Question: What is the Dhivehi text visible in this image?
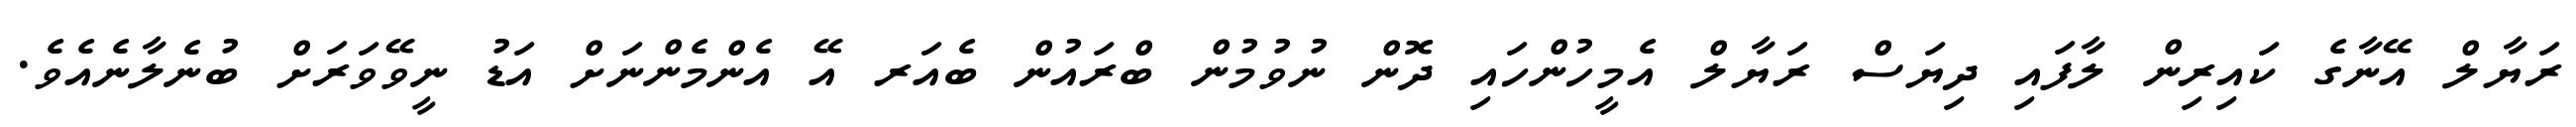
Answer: ރަޔާލް އޭނާގެ ކައިރިން ލާފައި ދިޔަސް ރަޔާލް އެމީހުންހައި ދޮން ނުވުމުން ބްރައުން ބެއަރ އޭ އެންމެންނަށް އަޑު ނީވޭވަރަށް ބުނެލާނެއެވެ.